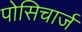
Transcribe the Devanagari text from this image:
पोसिचार्ज